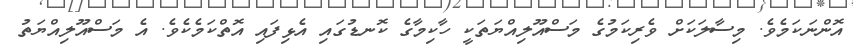
އޮންނަކަމެވެ. މިސާލަކަށް ވެރިކަމުގެ މަސްއޫލިއްޔަތަކީ ހާކިމާގެ ކޮނޑުގައި އެޅިފައި އޮތްކަމެކެވެ. އެ މަސްއޫލިއްޔަތު